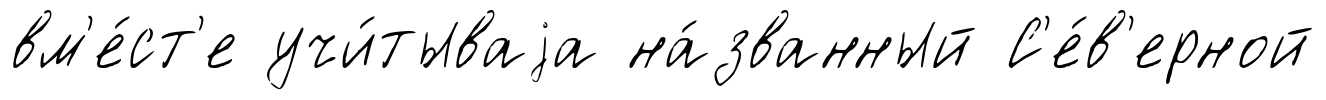
вм'е́ст'е учи́тываjа на́званный С'е́в'ерной